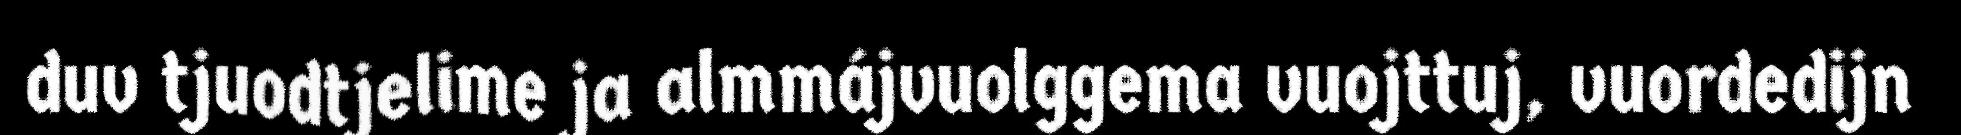
duv tjuodtjelime ja almmájvuolggema vuojttuj, vuordedijn